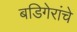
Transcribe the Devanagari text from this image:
बडिगेरांचे